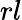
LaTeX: rl